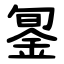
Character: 銞